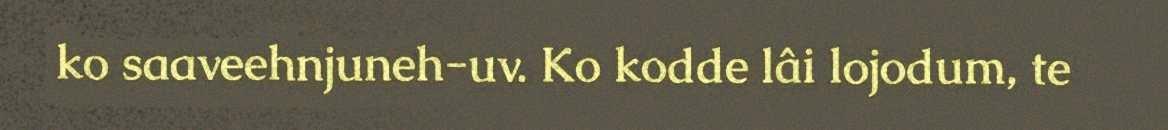
ko saaveehnjuneh-uv. Ko kodde lâi lojodum, te